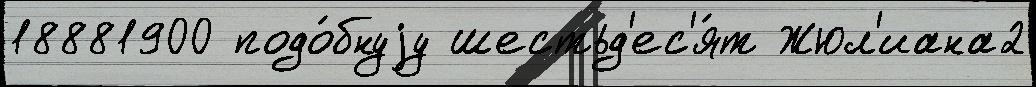
18881900 подо́бнуjу шестьд'ес'я́т Жюл'иана2